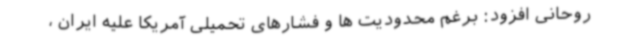
روحانی افزود: برغم محدودیت ها و فشارهای تحمیلی آمریکا علیه ایران ،